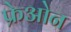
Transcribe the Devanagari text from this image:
फ्रेओन